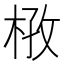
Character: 𭪔